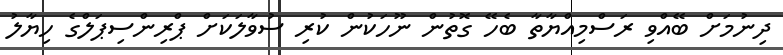
ދިނުމަށް ބޭއްވި ރަސްމިއްޔާތާ ބެހޭ ގޮތުން ނޫހަކުން ކުރި ސުވާލަކަށް ޕްރިންސިޕަލްގެ ހިޔާލު